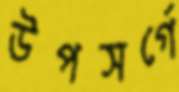
উপসর্গে